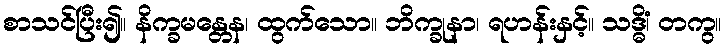
စာသင်ပြီး၍။ နိက္ခမန္တေန၊ ထွက်သော။ ဘိက္ခုနာ၊ ရဟန်းနှင့်။ သဒ္ဓိံ၊ တကွ။